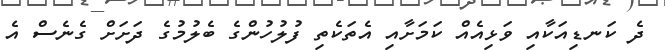
ދެ ކަނޑިއަކާއި ވަޅިއެއް ކަމަށާއި އެތަކެތި ފުލުހުންގެ ބެލުމުގެ ދަށަށް ގެނެސް އެ